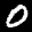
Label: 0